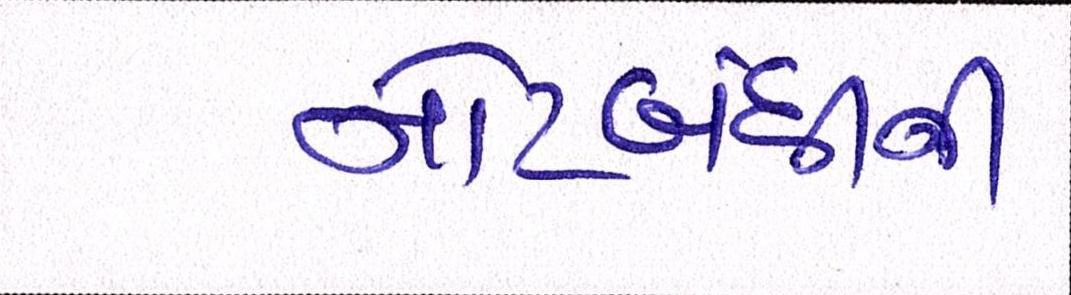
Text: નોટબંધીની